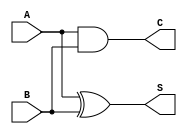
module current_mode_half_adder (
    input wire A,   // First input bit (current signal)
    input wire B,   // Second input bit (current signal)
    output wire S,  // Sum output (current signal)
    output wire C   // Carry output (current signal)
);

    // The output for Sum (S) is the XOR of inputs A and B
    assign S = A ^ B;  // Sum (S) = A XOR B

    // The output for Carry (C) is the AND of inputs A and B
    assign C = A & B;  // Carry (C) = A AND B

endmodule